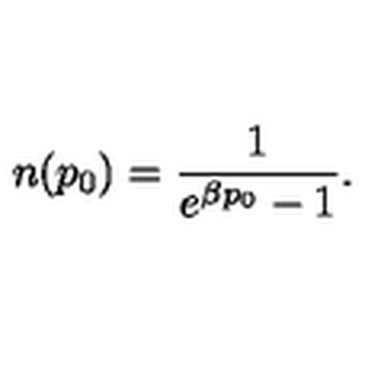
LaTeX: n ( p _ { 0 } ) = \frac { 1 } { e ^ { \beta p _ { 0 } } - 1 } .